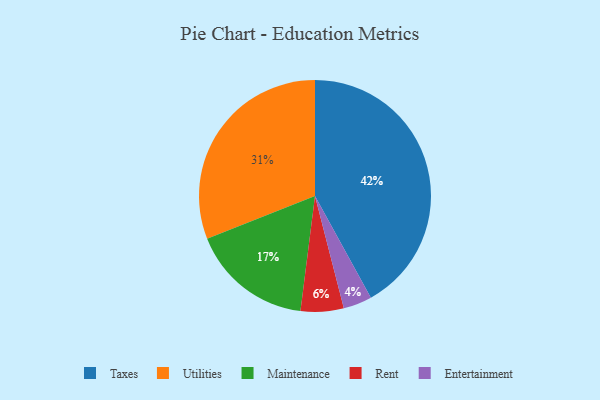
{"axis": {"x": "Category", "y": "Percentage"}, "legend": ["Entertainment", "Maintenance", "Rent", "Taxes", "Utilities"], "data": [{"x": "Rent", "y": 6, "type": "Rent"}, {"x": "Maintenance", "y": 17, "type": "Maintenance"}, {"x": "Taxes", "y": 42, "type": "Taxes"}, {"x": "Entertainment", "y": 4, "type": "Entertainment"}, {"x": "Utilities", "y": 31, "type": "Utilities"}]}